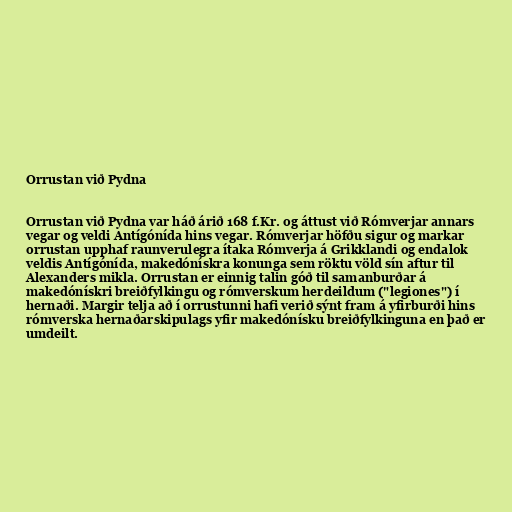
Orrustan við Pydna

Orrustan við Pydna var háð árið 168 f.Kr. og áttust við Rómverjar annars
vegar og veldi Antígónída hins vegar. Rómverjar höfðu sigur og markar
orrustan upphaf raunverulegra ítaka Rómverja á Grikklandi og endalok
veldis Antígónída, makedónískra konunga sem röktu völd sín aftur til
Alexanders mikla. Orrustan er einnig talin góð til samanburðar á
makedónískri breiðfylkingu og rómverskum herdeildum ("legiones") í
hernaði. Margir telja að í orrustunni hafi verið sýnt fram á yfirburði hins
rómverska hernaðarskipulags yfir makedónísku breiðfylkinguna en það er
umdeilt.